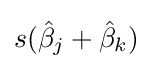
s({\hat {\beta }}_{j}+{\hat {\beta }}_{k})